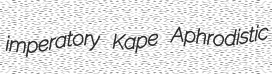
imperatory Kape Aphrodistic